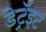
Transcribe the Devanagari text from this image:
डेट्रॅइट